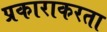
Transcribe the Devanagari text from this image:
प्रकाराकरता